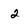
Character: 2